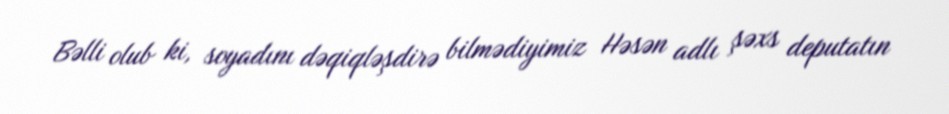
Bəlli olub ki, soyadını dəqiqləşdirə bilmədiyimiz Həsən adlı şəxs deputatın